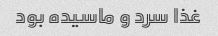
غذا سرد و ماسیده بود